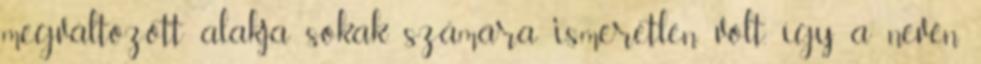
megváltozott alakja sokak számára ismeretlen volt, így a nevén